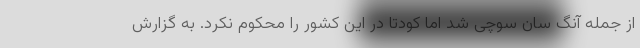
از جمله آنگ سان سوچی شد اما کودتا در این کشور را محکوم نکرد. به گزارش